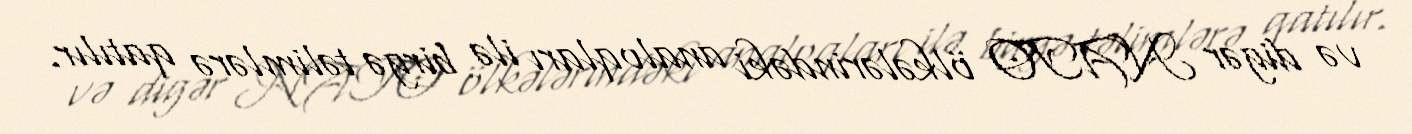
və digər NATO ölkələrindəki analoqları ilə birgə təlimlərə qatılır.